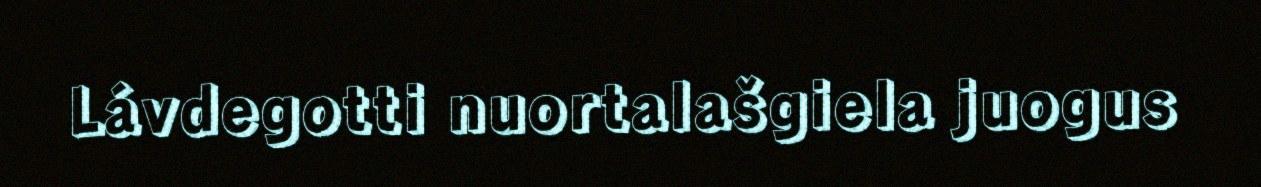
Lávdegotti nuortalašgiela juogus